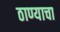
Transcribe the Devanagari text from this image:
ठाण्याचा